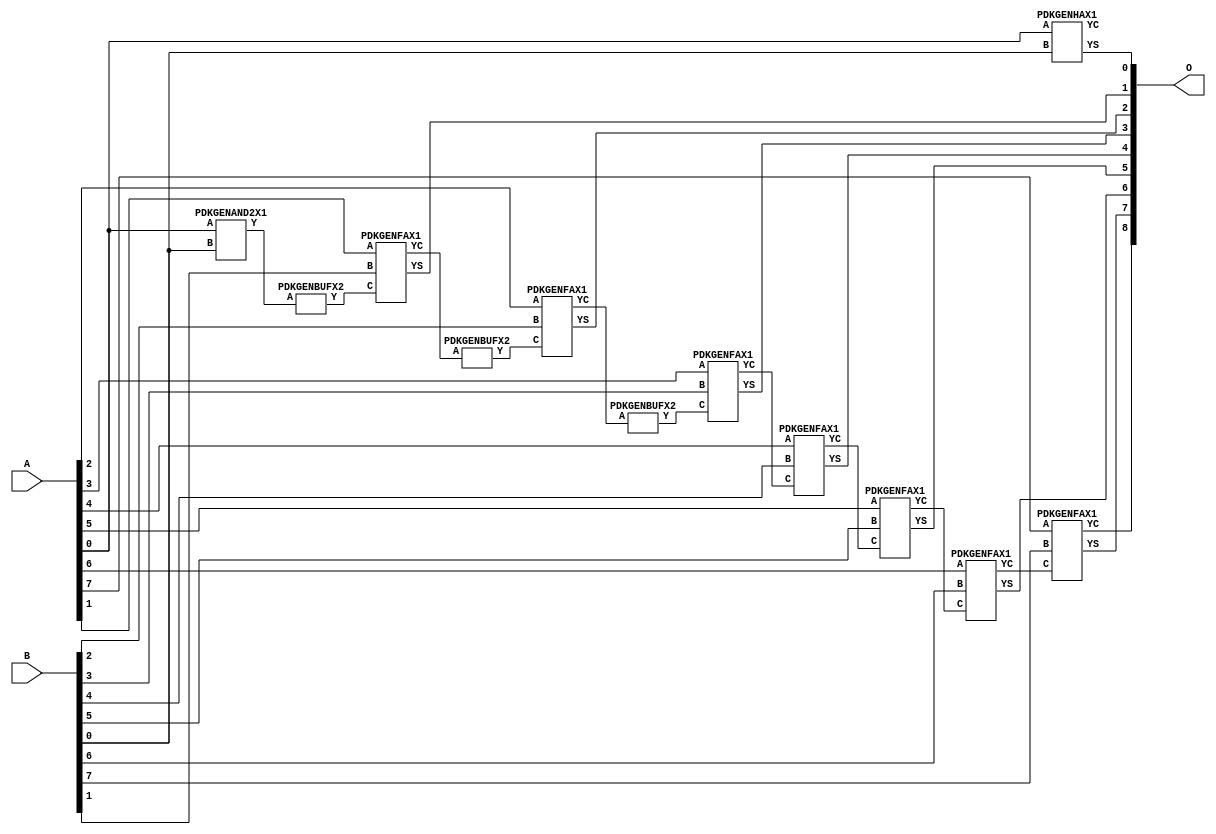
// Library = EvoApprox8b
// Circuit = add8_186
// Area   (180) = 1024
// Delay  (180) = 1.790
// Power  (180) = 368.70
// Area   (45) = 76
// Delay  (45) = 0.700
// Power  (45) = 35.04
// Nodes = 12
// HD = 0
// MAE = 0.00000
// MSE = 0.00000
// MRE = 0.00 %
// WCE = 0
// WCRE = 0 %
// EP = 0.0 %

module add8_186(A, B, O);
  input [7:0] A;
  input [7:0] B;
  output [8:0] O;
  wire [2031:0] N;

  assign N[0] = A[0];
  assign N[1] = A[0];
  assign N[2] = A[1];
  assign N[3] = A[1];
  assign N[4] = A[2];
  assign N[5] = A[2];
  assign N[6] = A[3];
  assign N[7] = A[3];
  assign N[8] = A[4];
  assign N[9] = A[4];
  assign N[10] = A[5];
  assign N[11] = A[5];
  assign N[12] = A[6];
  assign N[13] = A[6];
  assign N[14] = A[7];
  assign N[15] = A[7];
  assign N[16] = B[0];
  assign N[17] = B[0];
  assign N[18] = B[1];
  assign N[19] = B[1];
  assign N[20] = B[2];
  assign N[21] = B[2];
  assign N[22] = B[3];
  assign N[23] = B[3];
  assign N[24] = B[4];
  assign N[25] = B[4];
  assign N[26] = B[5];
  assign N[27] = B[5];
  assign N[28] = B[6];
  assign N[29] = B[6];
  assign N[30] = B[7];
  assign N[31] = B[7];

  PDKGENAND2X1 n32(.A(N[0]), .B(N[16]), .Y(N[32]));
  PDKGENBUFX2 n64(.A(N[32]), .Y(N[64]));
  assign N[65] = N[64];
  PDKGENHAX1 n76(.A(N[0]), .B(N[16]), .YS(N[76]), .YC(N[77]));
  PDKGENFAX1 n82(.A(N[2]), .B(N[18]), .C(N[65]), .YS(N[82]), .YC(N[83]));
  PDKGENBUFX2 n114(.A(N[83]), .Y(N[114]));
  PDKGENFAX1 n132(.A(N[4]), .B(N[20]), .C(N[114]), .YS(N[132]), .YC(N[133]));
  PDKGENBUFX2 n174(.A(N[133]), .Y(N[174]));
  assign N[175] = N[174];
  PDKGENFAX1 n182(.A(N[6]), .B(N[22]), .C(N[175]), .YS(N[182]), .YC(N[183]));
  PDKGENFAX1 n232(.A(N[8]), .B(N[24]), .C(N[183]), .YS(N[232]), .YC(N[233]));
  PDKGENFAX1 n282(.A(N[10]), .B(N[26]), .C(N[233]), .YS(N[282]), .YC(N[283]));
  PDKGENFAX1 n332(.A(N[12]), .B(N[28]), .C(N[283]), .YS(N[332]), .YC(N[333]));
  PDKGENFAX1 n382(.A(N[14]), .B(N[30]), .C(N[333]), .YS(N[382]), .YC(N[383]));

  assign O[0] = N[76];
  assign O[1] = N[82];
  assign O[2] = N[132];
  assign O[3] = N[182];
  assign O[4] = N[232];
  assign O[5] = N[282];
  assign O[6] = N[332];
  assign O[7] = N[382];
  assign O[8] = N[383];

endmodule
/* mod */
module PDKGENHAX1( input A, input B, output YS, output YC );
    assign YS = A ^ B;
    assign YC = A & B;
endmodule
/* mod */
module PDKGENAND2X1(input A, input B, output Y );
     assign Y = A & B;
endmodule
/* mod */
module PDKGENFAX1( input A, input B, input C, output YS, output YC );
    assign YS = (A ^ B) ^ C;
    assign YC = (A & B) | (B & C) | (A & C);
endmodule
/* mod */
module PDKGENBUFX2(input A, output Y );
     assign Y = A;
endmodule